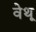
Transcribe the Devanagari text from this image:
वेथू